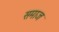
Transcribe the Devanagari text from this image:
समाज